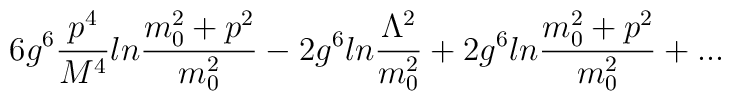
6g^6{p^4\over M^4}ln{m_0^2+p^2\over m_0^2}-2g^6ln{\Lambda^2\over m_0^2}+2g^6ln{m_0^2+p^2\over m_0^2}+...